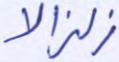
زلزالا